Lunatic asylums Punjab 1868-1880 - 1868-1880
Year: 1868
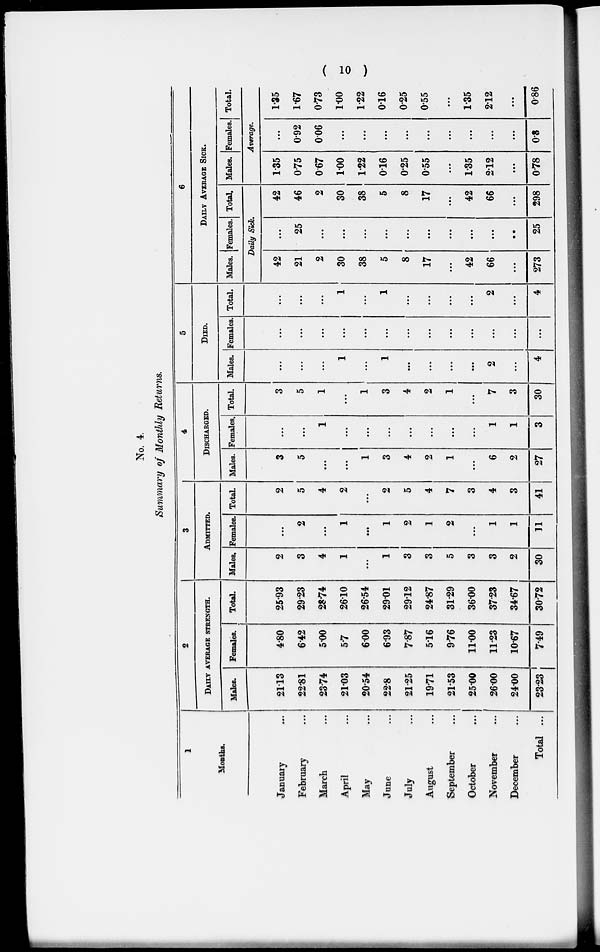
( 10 )
No. 4.
Summary of Monthly Returns.
1
Months.
January...
February...
March...
April...
May...
June...
July...
August...
September...
October...
November...
December...
Total ...
2
DAILY AVERAGE STRENGTH.
Males.
21.13
22.81
23.74
21.03
20.54
22.8
21.25
19.71
21.53
25.00
26.00
24.00
23.23
Females.
4.80
6.42
5.00
5.7
6.00
6.93
7.87
5.16
9.76
11.00
11.23
10.67
7.49
Total.
25.93
29.23
28.74
26.10
26.54
29.01
29.12
24.87
31.29
36.00
37.23
34.67
30.72
3
ADMITTED.
Males.
2
3
4
1
...
1
3
3
5
3
3
2
30
Females.
...
2
...
1
...
1
2
1
2
...
1
1
11
Total.
2
5
4
2
...
2
5
4
7
3
4
3
41
4
DISCHARGED.
Males.
3
5
...
...
1
3
4
2
1
...
6
2
27
Females.
...
...
1
...
...
...
...
...
...
...
1
1
3
Total.
3
5
1
...
1
3
4
2
1
...
7
3
30
5
DIED.
Males.
...
...
...
1
...
1
...
...
...
...
2
...
4
Females.
...
...
...
...
...
...
...
...
...
...
...
...
...
Total.
...
...
...
1
...
1
...
...
...
...
2
...
4
6
DAILY AVERAGE SICK.
Males. Females. Total.
Daily Sick.
42
21
2
30
38
5
8
17
...
42
66
...
273
...
25
...
...
...
...
...
...
...
...
...
..
25
42
46
2
30
38
5
8
17
...
42
66
...
298
Males. Females. Total.
Average.
1.35
0.75
0.67
1.00
1.22
0.16
0.25
0.55
...
1.35
2.12
...
0.78
...
0.92
0.06
...
...
...
...
...
...
...
...
...
0.8
1.35
1.67
0.73
1.00
1.22
0.16
0.25
0.55
...
1.35
2.12
...
0.86